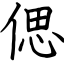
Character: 偲